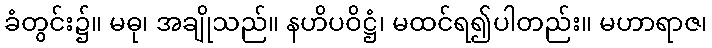
ခံတွင်း၌။ မဓု၊ အချိုသည်။ နဟိပဝိဋ္ဌံ၊ မထင်ရ၍ပါတည်း။ မဟာရာဇ၊